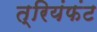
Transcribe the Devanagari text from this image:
त्रियंफंट